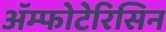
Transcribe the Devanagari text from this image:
ॲम्फोटेरिसिन